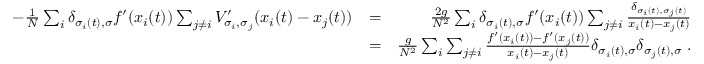
\begin{array} { r l r } { - \frac { 1 } { N } \sum _ { i } \delta _ { \sigma _ { i } ( t ) , \sigma } f ^ { \prime } ( x _ { i } ( t ) ) \sum _ { j \neq i } V _ { \sigma _ { i } , \sigma _ { j } } ^ { \prime } ( x _ { i } ( t ) - x _ { j } ( t ) ) } & { = } & { \frac { 2 g } { N ^ { 2 } } \sum _ { i } \delta _ { \sigma _ { i } ( t ) , \sigma } f ^ { \prime } ( x _ { i } ( t ) ) \sum _ { j \neq i } \frac { \delta _ { \sigma _ { i } ( t ) , \sigma _ { j } ( t ) } } { x _ { i } ( t ) - x _ { j } ( t ) } } \\ & { = } & { \frac { g } { N ^ { 2 } } \sum _ { i } \sum _ { j \neq i } \frac { f ^ { \prime } ( x _ { i } ( t ) ) - f ^ { \prime } ( x _ { j } ( t ) ) } { x _ { i } ( t ) - x _ { j } ( t ) } \delta _ { \sigma _ { i } ( t ) , \sigma } \delta _ { \sigma _ { j } ( t ) , \sigma } \; . } \end{array}